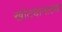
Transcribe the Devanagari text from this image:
खोट्यानाट्या